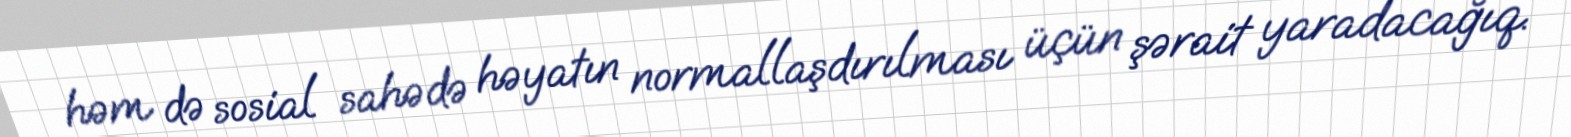
həm də sosial sahədə həyatın normallaşdırılması üçün şərait yaradacağıq.